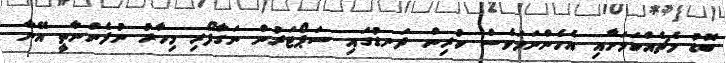
ބޮޑު މެޗެއްކަމަށާއި އެހެންނަމަވެސް ކުރިން ދަނޑުގައި ސަޕޯޓަރުން ނަގާފޯރި މިހާރު ނުފެންނާތީ އޭނާ